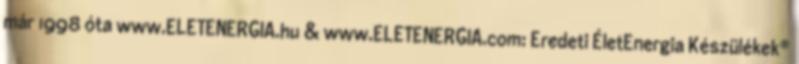
már 1998 óta www.ELETENERGIA.hu & www.ELETENERGIA.com: Eredeti ÉletEnergia Készülékek®